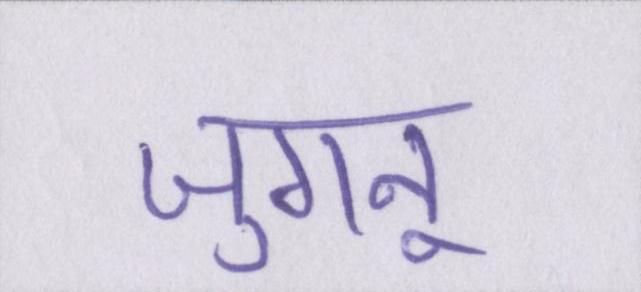
जुगनू